Report of the Indian Hemp Drugs Commission, 1894-1895 - Volume V
Year: 1894
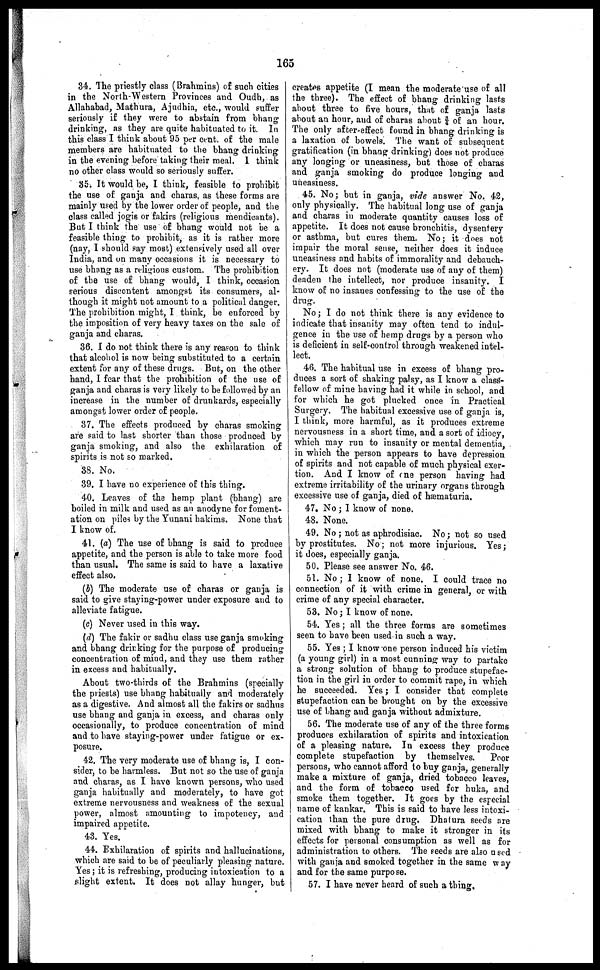
165
34. The priestly class (Brahmins) of such cities
in the North-Western Provinces and Oudh, as
Allahabad, Mathura, Ajudhia, etc., would suffer
seriously if they were to abstain from bhang
drinking, as they are quite habituated to it. In
this class I think about 95 per cent. of the male
members are habituated to the bhang drinking
in the evening before taking their meal. I think
no other class would so seriously suffer.
85. It would be, I think, feasible to prohibit
the use of ganja and charas, as these forms are
mainly used by the lower order of people, and the
class called jogis or fakirs (religious mendicants).
But I think the use of bhang would not be a
feasible thing to prohibit, as it is rather more
(nay, I should say most) extensively used all over
India, and on many occasions it is necessary to
use bhang as a religious custom. The prohibition
of the use of bhang would, I think, occasion
serious discontent amongst its consumers, al-
though it might not amount to a political danger.
The prohibition might, I think, be enforced by
the imposition of very heavy taxes on the sale of
ganja and charas.
36. I do not think there is any reason to think
that alcohol is now being substituted to a certain
extent for any of these drugs. But, on the other
hand, I fear that the prohibition of the use of
ganja and charas is very likely to be followed by an
increase in the number of drunkards, especially
amongst lower order of people.
37. The effects produced by charas smoking
are said to last shorter than those produced by
ganja smoking, and also the exhilaration of
spirits is not so marked.
38. No.
39. I have no experience of this thing.
40. Leaves of the hemp plant (bhang) are
boiled in milk and used as an anodyne for foment-
ation on piles by the Yunani hakims. None that
I know of.
41. (a) The use of bhang is said to produce
appetite, and the person is able to take more food
than usual. The same is said to have a laxative
effect also.
(b) The moderate use of charas or ganja is
said to give staying-power under exposure and to
alleviate fatigue.
(c) Never used in this way.
(d) The fakir or sadhu class use ganja smoking
and bhang drinking for the purpose of producing
concentration of mind, and they use them rather
in excess and habitually.
About two-thirds of the Brahmins (specially
the priests) use bhang habitually and moderately
as a digestive. And almost all the fakirs or sadhus
use bhang and ganja in excess, and charas only
occasionally, to produce concentration of mind
and to have staying-power under fatigue or ex-
posure.
42. The very moderate use of bhang is, I con-
sider, to be harmless. But not so the use of ganja
and charas, as I have known persons, who used
ganja habitually and moderately, to have got
extreme nervousness and weakness of the sexual
power, almost amounting to impotency, and
impaired appetite.
43. Yes.
44. Exhilaration of spirits and hallucinations,
which are said to be of peculiarly pleasing nature.
Yes; it is refreshing, producing intoxication to a
slight extent. It does not allay hunger, but
creates appetite (I mean the moderate use of all
the three). The effect of bhang drinking lasts
about three to five hours, that of ganja lasts
about an hour, and of charas about § of an hour.
The only after-effect found in bhang drinking is
a taxation of bowels. The want of subsequent
gratification (in bhang drinking) does not produce
any longing or uneasiness, but those of charas
and ganja smoking do produce longing and
uneasiness.
45. No; but in ganja, vide answer No. 42,
only physically. The habitual long use of ganja
and charas in moderate quantity causes loss of
appetite. It does not cause bronchitis, dysentery
or asthma, but cures them. No; it does not
impair the moral sense, neither does it induce
uneasiness and habits of immorality and debauch-
ery. It does not (moderate use of any of them)
deaden the intellect, nor produce insanity. I
know of no insanes confessing to the use of the
drug.
No; I do not think there is any evidence to
indicate that insanity may often tend to indul-
gence in the use of hemp drugs by a person who
is deficient in self-control through weakened intel-
lect.
46. The habitual use in excess of bhang pro-
duces a sort of shaking palsy, as I know a class-
fellow of mine having had it while in school, and
for which he got plucked once in Practical
Surgery. The habitual excessive use of ganja is,
I think, more harmful, as it produces extreme
nervousness in a short time, and a sort of idiocy,
which may run to insanity or mental dementia,
in which the person appears to have depression
of spirits and not capable of much physical exer-
tion. And I know of me person having had
extreme irritability of the urinary organs through
excessive use of ganja, died of hæmaturia.
47. No; I know of none.
48. None.
49. No; not as aphrodisiac. No; not so used
by prostitutes. No; not more injurious. Yes;
it does, especially ganja.
50. Please see answer No. 46.
51. No; I know of none. I could trace no
connection of it with crime in general, or with
crime of any special character.
53. No; I know of none.
54. Yes; all the three forms are sometimes
seen to have been used in such a way.
55. Yes; I know one person induced his victim
(a young girl) in a most cunning way to partake
a strong solution of bhang to produce stupefac-
tion in the girl in order to commit rape, in which
he succeeded. Yes; I consider that complete
stupefaction can be brought on by the excessive
use of bhang and ganja without admixture.
56. The moderate use of any of the three forms
produces exhilaration of spirits and intoxication
of a pleasing nature. In excess they produce
complete stupefaction by themselves.
Poor
persons, who cannot afford to buy ganja, generally
make a mixture of ganja, dried tobacco leaves,
and the form of tobacco used for huka, and
smoke them together. It goes by the especial
name of kankar. This is said to have less intoxi-
cation than the pure drug. Dhatura seeds are
mixed with bhang to make it stronger in its
effects for personal consumption as well as for
administration to others. The seeds are also used
with ganja and smoked together in the same way
and for the same purpose.
57. I have never heard of such a thing.